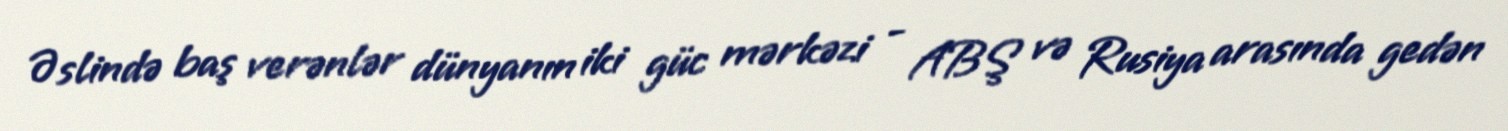
Əslində baş verənlər dünyanın iki güc mərkəzi - ABŞ və Rusiya arasında gedən